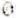
0